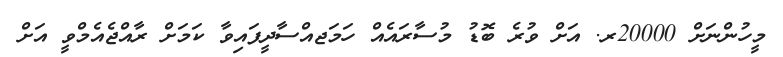
މީހުންނަށް 20000ރ. އަށް ވުރެ ބޮޑު މުސާރައެއް ހަމަޖއްސާދީފައިވާ ކަމަށް ރާއްޖެއެމްވީ އަށް